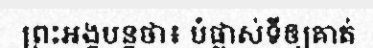
ព្រះអង្គបន្តថា៖ បំផ្លាស់ទីឲ្យគាត់